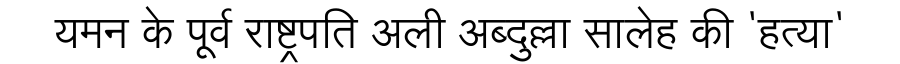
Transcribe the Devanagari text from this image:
यमन के पूर्व राष्ट्रपति अली अब्दुल्ला सालेह की 'हत्या'